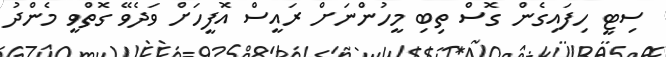
ސިޓީ ހިފައިގެން ގޮސް ތިބި މީހުންނަށް ރައީސް އޮފީހަށް ވަދެވޭ ގޮތްވީ މެންދު